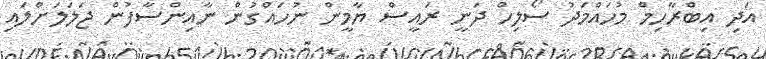
އަދި އިބްރާހިމް މުހައްމަދު ސޯލިހް ދަނީ ރައީސް ޔާމީން ނުހައްގުން ނާއިންސާފުން ޖަލަލަށްލައި